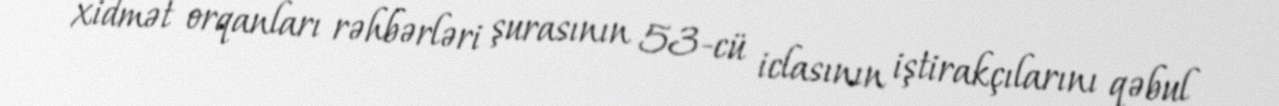
xidmət orqanları rəhbərləri şurasının 53-cü iclasının iştirakçılarını qəbul